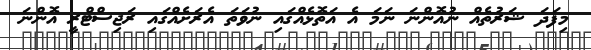
މިފަދަ ޝަރުތެއްް ނުއޮންނަ ނަމަ އެ އަތޮޅެއްގައި ނުވަތަ އެރަށެއްގައި ރަޖިސްޓްރީ އޮންނަ